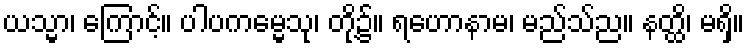
ယသ္မာ၊ ကြောင့်။ ပါပကမ္မေသု၊ တို့၌။ ရဟောနာမ၊ မည်သ်ည။ နတ္ထိ၊ မရှိ။